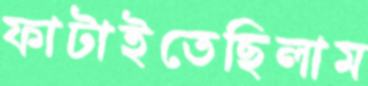
ফাটাইতেছিলাম